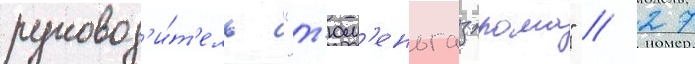
руковод'и́т'ель "т'юм'еньгазпрома" // 27